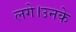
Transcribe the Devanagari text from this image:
लगे।उनके